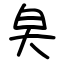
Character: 㚖